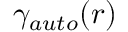
\gamma _ { a u t o } ( r )